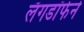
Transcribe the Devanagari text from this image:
लँगडॉर्फने